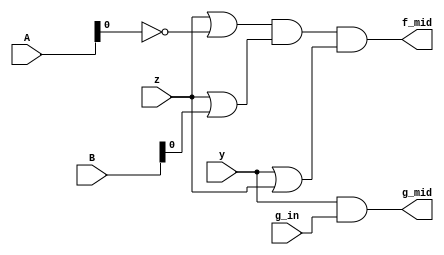
module celda_tipica(
    input z, y, g_in,
    input [15:0] A, B,                  //modelo optimizado para las pruebas de 16-bit
    output f_mid, g_mid
);

//todas las salidas de Z
assign f_mid = (((z | ~A) & (z | B)) & (y | z));

//todas las salidas de la funcion Y
assign g_mid = (y & g_in);

endmodule